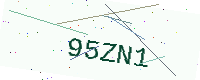
Text: 95ZN1